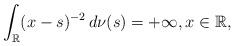
LaTeX: \begin{align*}\int_{\mathbb{R}}(x-s)^{-2}\,d\nu(s)=+\infty,x\in \mathbb{R},\end{align*}